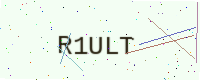
Text: R1ULT